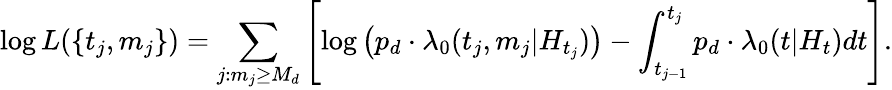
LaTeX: \log L(\{ t_{j},m_{j}\} )=\sum_{j:m_{j}\geq M_{d}}\left[\log\left(p_{d}\cdot\lambda_{0}(t_{j},m_{j}|H_{t_{j}})\right)-\int_{t_{j-1}}^{t_{j}}p_{d}\cdot\lambda_{0}(t|H_{t})dt\right].